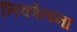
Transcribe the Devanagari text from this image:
निकोलना